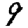
Digit: 9